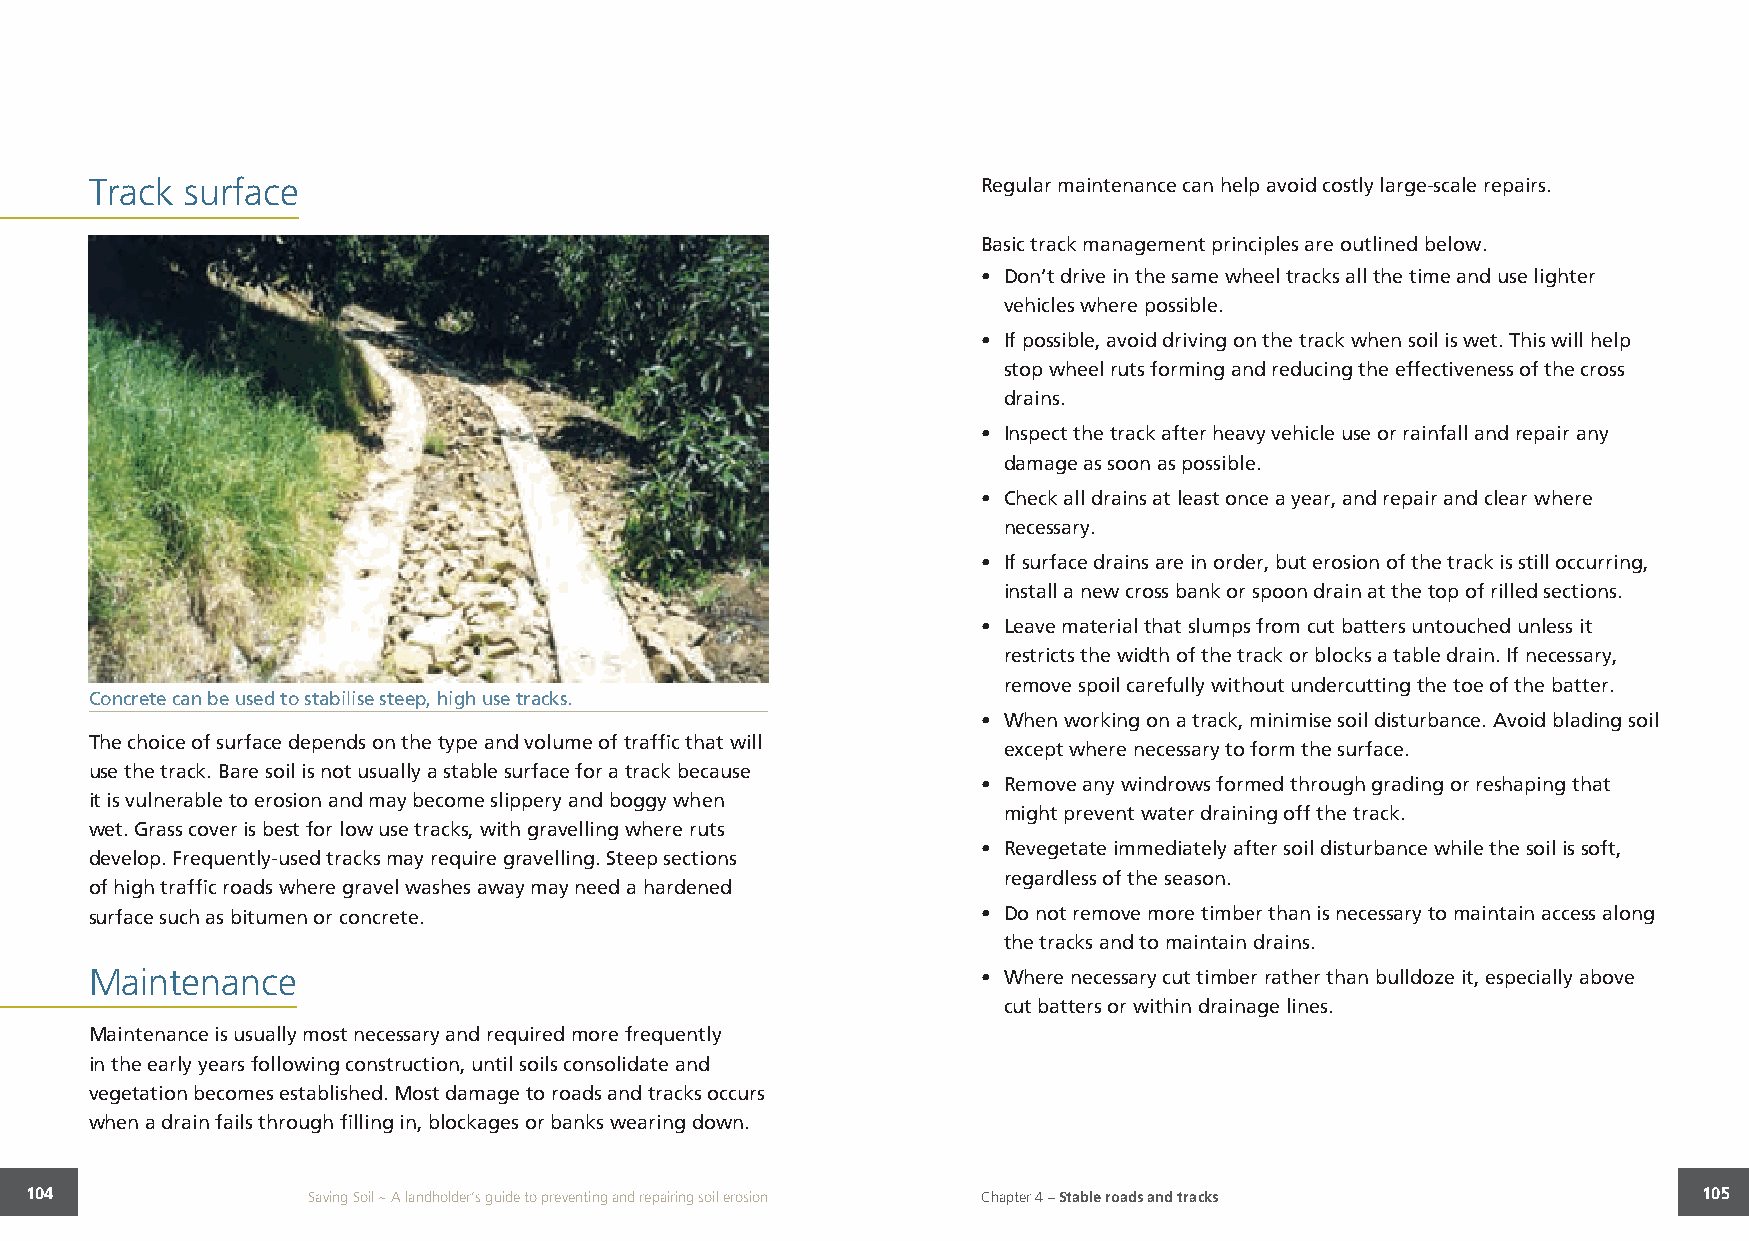
Track surface                                              Regular maintenance can help avoid costly large-scale repairs.
 Basic track management principles are outlined below.
 • Don’t drive in the same wheel tracks all the time and use lighter
 vehicles where possible.
 • If possible, avoid driving on the track when soil is wet. This will help
 stop wheel ruts forming and reducing the effectiveness of the cross
 drains.
 • Inspect the track after heavy vehicle use or rainfall and repair any
 damage as soon as possible.
 • Check all drains at least once a year, and repair and clear where
 necessary.
 • If surface drains are in order, but erosion of the track is still occurring,
 install a new cross bank or spoon drain at the top of rilled sections.
 • Leave material that slumps from cut batters untouched unless it
 restricts the width of the track or blocks a table drain. If necessary,
 remove spoil carefully without undercutting the toe of the batter.
 Concrete can be used to stabilise steep, high use tracks.
 • When working on a track, minimise soil disturbance. Avoid blading soil
 The choice of surface depends on the type and volume of traffic that will
 except where necessary to form the surface.
 use the track. Bare soil is not usually a stable surface for a track because
 • Remove any windrows formed through grading or reshaping that
 it is vulnerable to erosion and may become slippery and boggy when
 might prevent water draining off the track.
 wet. Grass cover is best for low use tracks, with gravelling where ruts
 • Revegetate immediately after soil disturbance while the soil is soft,
 develop. Frequently-used tracks may require gravelling. Steep sections
 regardless of the season.
 of high traffic roads where gravel washes away may need a hardened
 surface such as bitumen or concrete.                       • Do not remove more timber than is necessary to maintain access along
 the tracks and to maintain drains.
 Maintenance                                                • Where necessary cut timber rather than bulldoze it, especially above
 cut batters or within drainage lines.
 Maintenance is usually most necessary and required more frequently
 in the early years following construction, until soils consolidate and
 vegetation becomes established. Most damage to roads and tracks occurs
 when a drain fails through filling in, blockages or banks wearing down.
 104               Saving Soil ~ A landholder’s guide to preventing and repairing soil erosion Chapter 4 – Stable roads and tracks 105